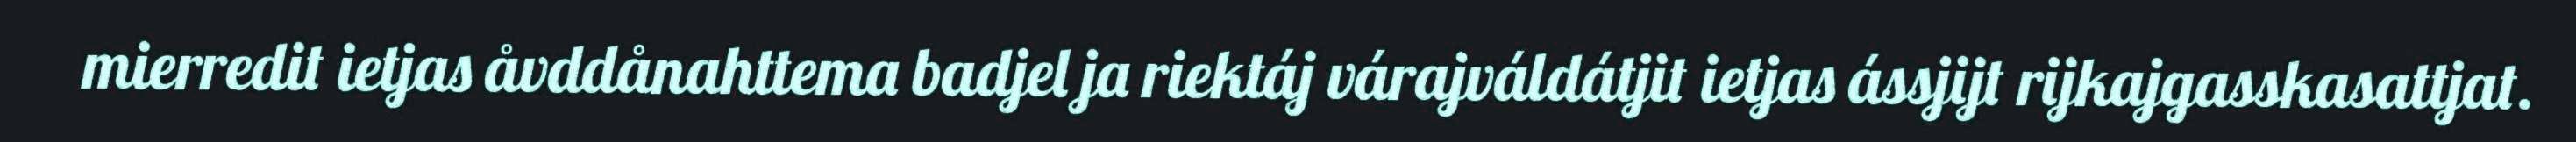
mierredit ietjas åvddånahttema badjel ja riektáj várajváldátjit ietjas ássjijt rijkajgasskasattjat.